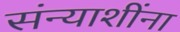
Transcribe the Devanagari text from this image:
संन्याशींना